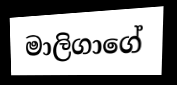
මාලිගාගේ